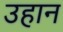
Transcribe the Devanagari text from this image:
उहान